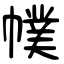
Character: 幞